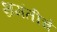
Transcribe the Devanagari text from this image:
भ्रमंतीचे